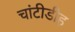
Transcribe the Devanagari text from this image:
चांटीडीह